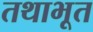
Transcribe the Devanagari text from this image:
तथाभूत